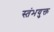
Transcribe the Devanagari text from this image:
स्तंभयुक्त